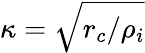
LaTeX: \kappa=\sqrt{r_{c}/\rho_{i}}